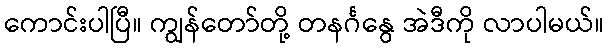
ကောင်းပါပြီ။ ကျွန်တော်တို့ တနင်္ဂနွေ အဲဒီကို လာပါမယ်။